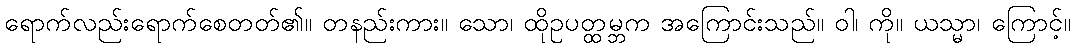
ရောက်လည်းရောက်စေတတ်၏။ တနည်းကား။ သော၊ ထိုဥပတ္ထမ္ဘက အကြောင်းသည်။ ဝါ၊ ကို။ ယသ္မာ၊ ကြောင့်။